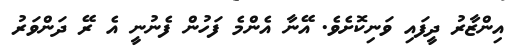
އިންޒާރު ދީފައި ވަނިކޮށެވެ. އޭނާ އެންމެ ފަހުން ފެނުނީ އެ ރޭ ދަންވަރު